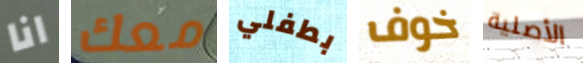
انا معك بطفلي خوف الأصلية